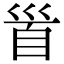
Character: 𩠐